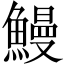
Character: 鰻